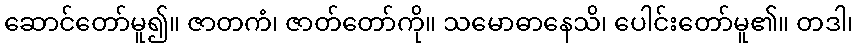
ဆောင်တော်မူ၍။ ဇာတကံ၊ ဇာတ်တော်ကို။ သမောဓာနေသိ၊ ပေါင်းတော်မူ၏။ တဒါ၊